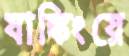
যাঙ্কিংয়ে